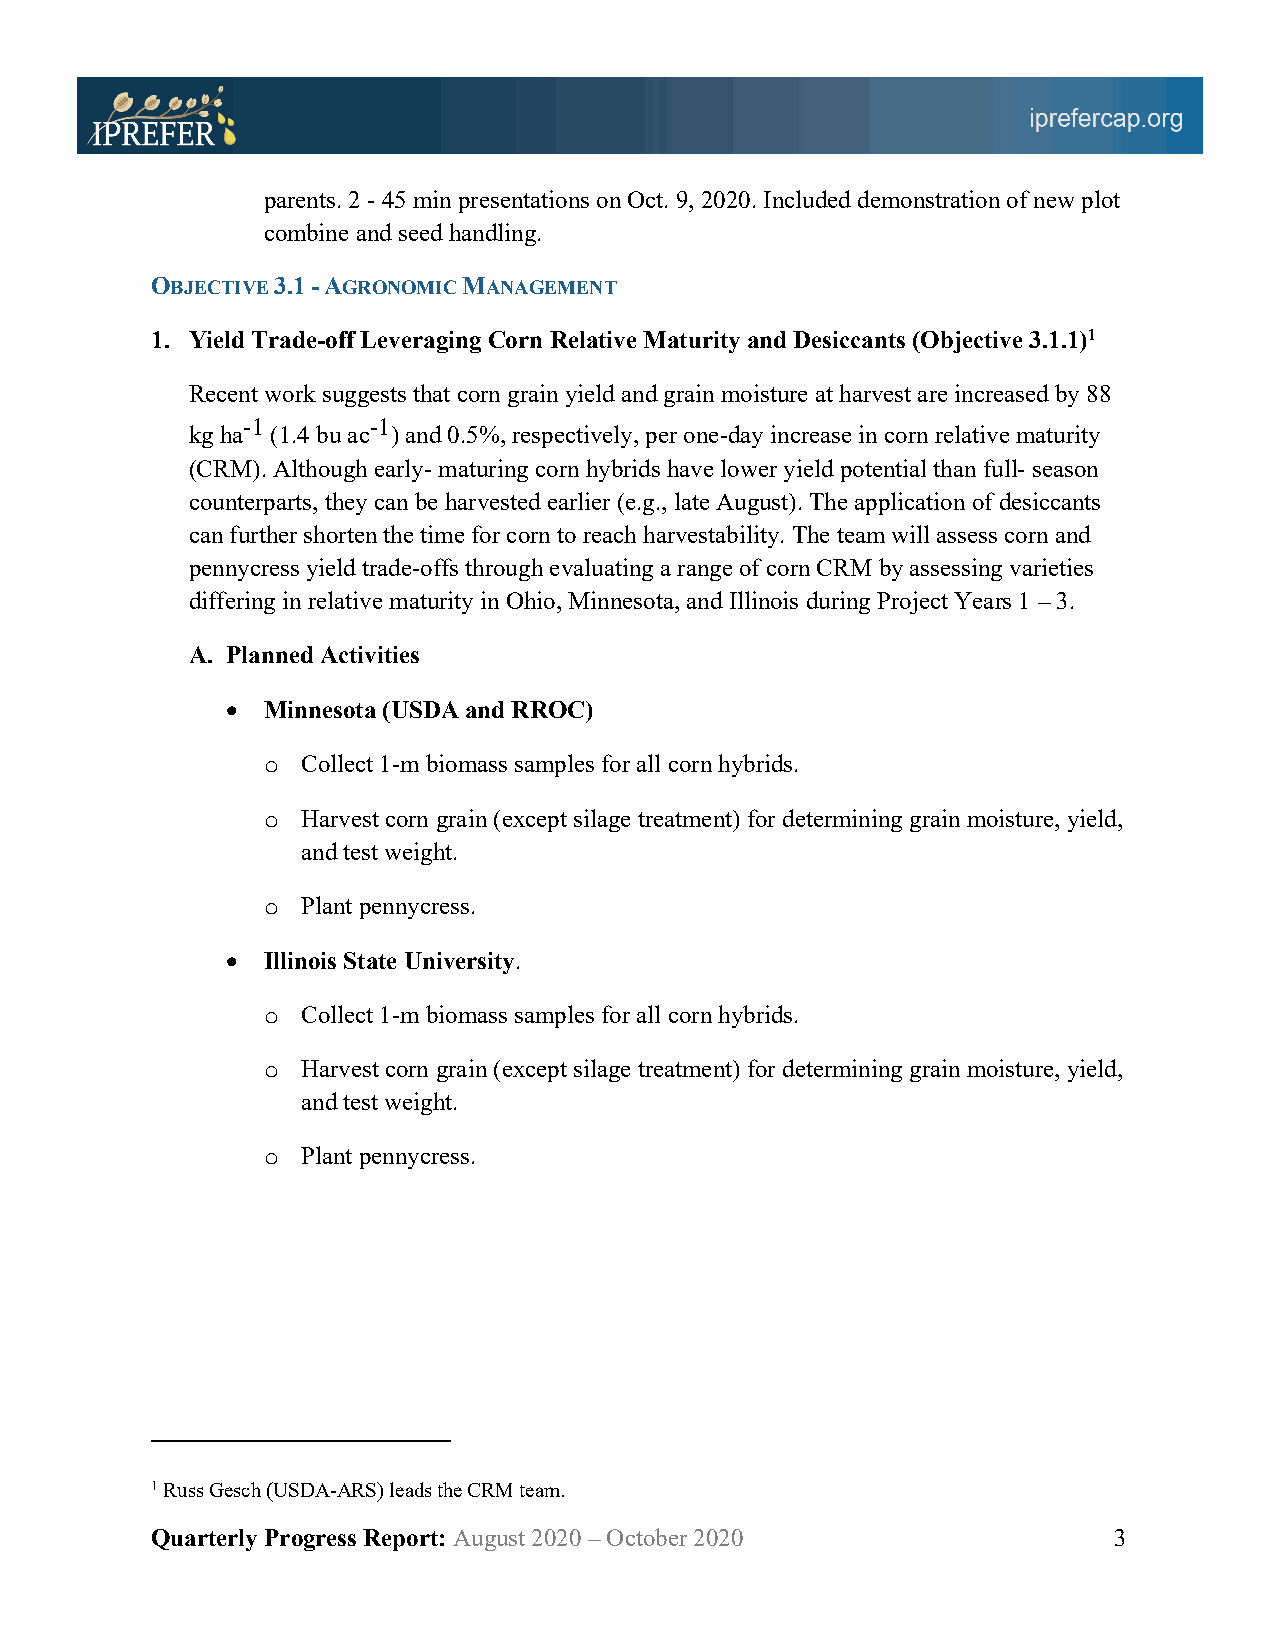
parents. 2 - 45 min presentations on Oct. 9, 2020. Included demonstration of new plot
 combine and seed handling.
 OBJECTIVE 3.1 - AGRONOMIC MANAGEMENT
 1. Yield Trade-off Leveraging Corn Relative Maturity and Desiccants (Objective 3.1.1)1
 Recent work suggests that corn grain yield and grain moisture at harvest are increased by 88
 -1      -1
 kg ha (1.4 bu ac ) and 0.5%, respectively, per one-day increase in corn relative maturity
 (CRM). Although early- maturing corn hybrids have lower yield potential than full- season
 counterparts, they can be harvested earlier (e.g., late August). The application of desiccants
 can further shorten the time for corn to reach harvestability. The team will assess corn and
 pennycress yield trade-offs through evaluating a range of corn CRM by assessing varieties
 differing in relative maturity in Ohio, Minnesota, and Illinois during Project Years 1 – 3.
 A. Planned Activities
 • Minnesota (USDA and RROC)
 o  Collect 1-m biomass samples for all corn hybrids.
 o  Harvest corn grain (except silage treatment) for determining grain moisture, yield,
 and test weight.
 o  Plant pennycress.
 • Illinois State University.
 o  Collect 1-m biomass samples for all corn hybrids.
 o  Harvest corn grain (except silage treatment) for determining grain moisture, yield,
 and test weight.
 o  Plant pennycress.
 1 Russ Gesch (USDA-ARS) leads the CRM team.
 Quarterly Progress Report: August 2020 – October 2020           3